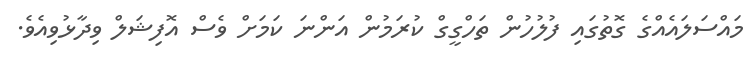
މައްސަލައެއްގެ ގޮތުގައި ފުލުހުން ތަހްގީގް ކުރަމުން އަންނަ ކަމަށް ވެސް އޮފިޝަލް ވިދާޅުވިއެވެ.